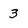
Character: 3